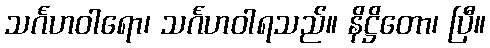
သင်္ဂဟဝါရော၊ သင်္ဂဟဝါရသည်။ နိဋ္ဌိတော၊ ပြီ။